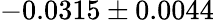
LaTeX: -0.0315\pm 0.0044